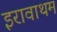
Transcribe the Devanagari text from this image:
इरावाथम